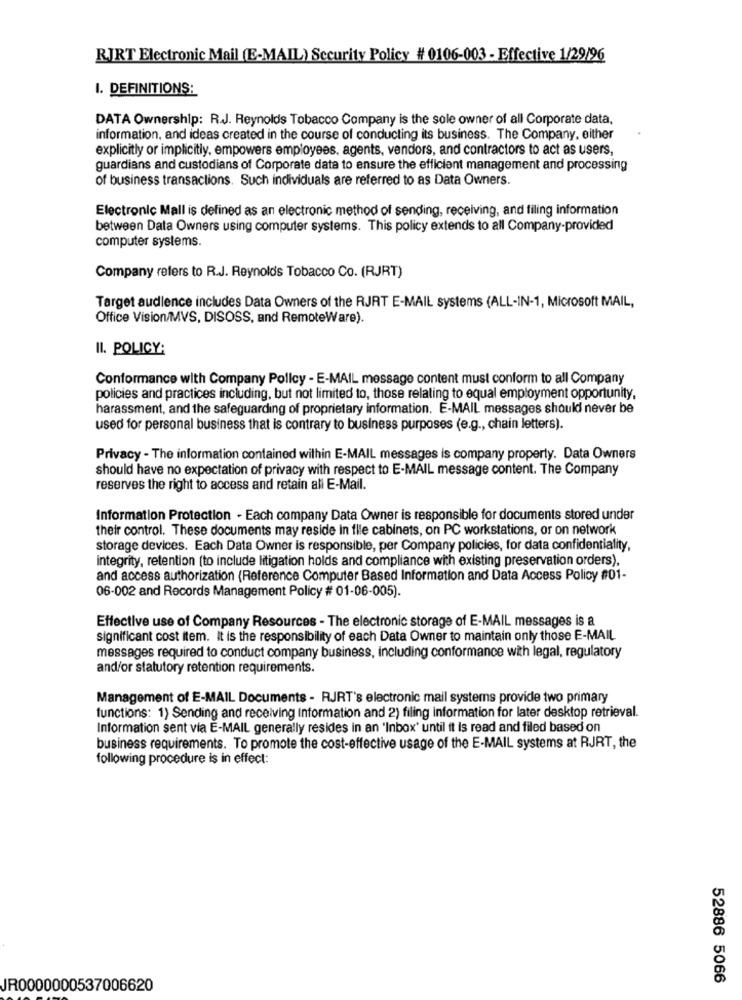
RJRT Electronic Mail (E-MAIL) Security Policy # 0106-003 - Effective 1/29/96
I. DEFINITIONS:
DATA Ownership: R.J. Reynolds Tobacco Company is the sole owner of all Corporate data,
information, and ideas created in the course of conducting its business. The Company, either
explicitly or implicitly, empowers employees, agents, vendors, and contractors to act as users,
guardians and custodians of Corporate data to ensure the efficient management and processing
of business transactions. Such individuals are referred to as Data Owners.
Electronic Mall is defined as an electronic method of sending, receiving, and filing information
between Data Owners using computer systems. This policy extends to all Company-provided
computer systems.
Company refers to R.J. Reynolds Tobacco Co. (RJRT)
Target audience includes Data Owners of the RJRT E-MAIL systems (ALL-IN-1, Microsoft MAIL,
Office Vision/MVS, DISOSS, and RemoteWare).
II. POLICY:
Conformance with Company Policy - E-MAIL message content must conform to all Company
policies and practices including, but not limited to, those relating to equal employment opportunity.
harassment, and the safeguarding of proprietary information. E-MAIL messages should never be
used for personal business that is contrary to business purposes (e.g ., chain letters).
Privacy - The information contained within E-MAIL messages is company property. Data Owners
should have no expectation of privacy with respect to E-MAIL message content. The Company
reserves the right to access and retain ali E-Mail.
Information Protection - Each company Data Owner is responsible for documents stored under
their control. These documents may reside in file cabinets, on PC workstations, or on network
storage devices. Each Data Owner is responsible, per Company policies, for data confidentiality,
integrity, retention (to include litigation holds and compliance with existing preservation orders),
and access authorization (Reference Computer Based Information and Data Access Policy #01-
06-002 and Records Management Policy # 01-06-005).
Effective use of Company Resources - The electronic storage of E-MAIL messages is a
significant cost item. it is the responsibility of each Data Owner to maintain only those E-MAIL
messages required to conduct company business, including conformance with legal, regulatory
and/or statutory retention requirements.
Management of E-MAIL Documents - RJRT's electronic mail systems provide two primary
functions: 1) Sending and receiving Information and 2) filing information for later desktop retrieval.
Information sent via E-MAIL generally resides in an 'Inbox' until it is read and filed based on
business requirements. To promote the cost-effective usage of the E-MAIL systems at RJRT, the
following procedure is in effect:
52886 5066
JR0000000537006620